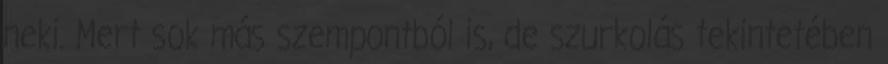
neki. Mert sok más szempontból is, de szurkolás tekintetében